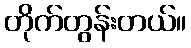
တိုက်တွန်းတယ်။